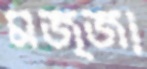
মজ্জা